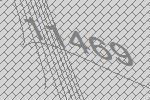
11469